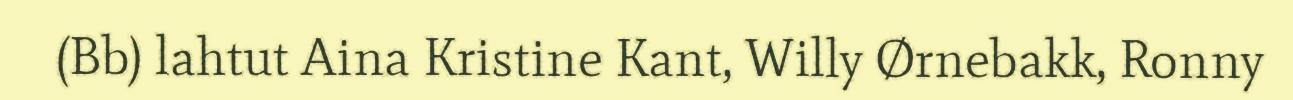
(Bb) lahtut Aina Kristine Kant, Willy Ørnebakk, Ronny